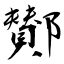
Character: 鄼